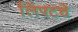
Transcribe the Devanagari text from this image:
लिफ्टचे